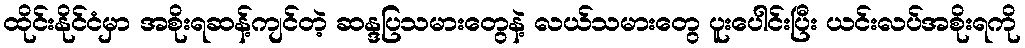
ထိုင်းနိုင်ငံမှာ အစိုးရဆန့်ကျင်တဲ့ ဆန္ဒပြသမားတွေနဲ့ လယ်သမားတွေ ပူးပေါင်းပြီး ယင်းလပ်အစိုးရကို